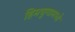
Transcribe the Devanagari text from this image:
हिमयुगामध्ये